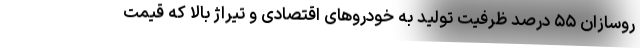
روسازان ۵۵ درصد ظرفیت تولید به خودروهای اقتصادی و تیراژ بالا که قیمت